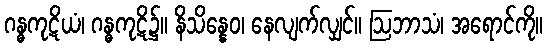
ဂန္ဓကုဋိယံ၊ ဂန္ဓကုဋိ၌။ နိသိန္နေဝ၊ နေလျက်လျှင်။ ဩဘာသံ၊ အရောင်ကို။